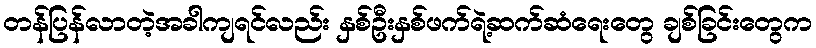
တန်ပြန်လာတဲ့အခါကျရင်လည်း နှစ်ဦးနှစ်ဖက်ရဲ့ဆက်ဆံရေးတွေ ချစ်ခြင်းတွေက